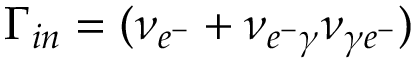
\Gamma _ { i n } = ( \nu _ { e ^ { - } } + \nu _ { e ^ { - } \gamma } \nu _ { \gamma e ^ { - } } )